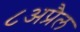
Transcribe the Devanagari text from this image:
८अप्रैल